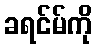
ခရင်မ်ကို